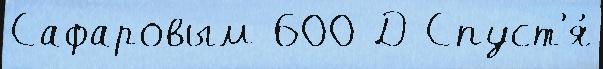
Сафаровым 600 Д Спуст'я́